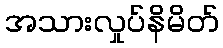
အသားလှုပ်နိမိတ်